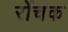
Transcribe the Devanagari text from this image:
रोंचक